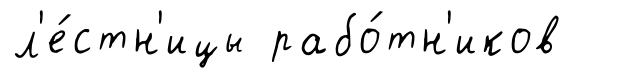
л'е́стн'ицы рабо́тн'иков